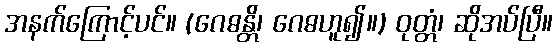
အနက်ကြောင့်ပင်။ (ဂေဓန္တိ၊ ဂေဓဟူ၍။) ဝုတ္တံ၊ ဆိုအပ်ပြီ။